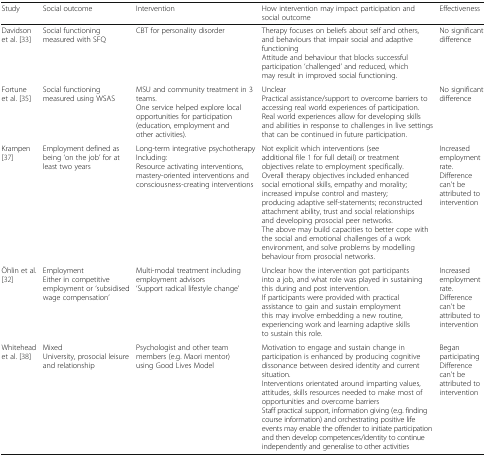
<table><thead><tr><td><b>Study</b></td><td><b>Social outcome</b></td><td><b>Intervention</b></td><td><b>How intervention may impact participation and social outcome</b></td><td><b>Effectiveness</b></td></tr></thead><tbody><tr><td>Davidson et al. [33]</td><td>Social functioning measured with SFQ</td><td>CBT for personality disorder</td><td>Therapy focuses on beliefs about self and others, and behaviours that impair social and adaptive functioningAttitude and behaviour that blocks successful participation ‘challenged’ and reduced, which may result in improved social functioning.</td><td>No significant difference</td></tr><tr><td>Fortune et al. [35]</td><td>Social functioning measured using WSAS</td><td>MSU and community treatment in 3 teams.One service helped explore local opportunities for participation (education, employment and other activities).</td><td>UnclearPractical assistance/support to overcome barriers to accessing real world experiences of participation.Real world experiences allow for developing skills and abilities in response to challenges in live settings that can be continued in future participation.</td><td>No significant difference</td></tr><tr><td>Krampen [37]</td><td>Employment defined as being ‘on the job’ for at least two years</td><td>Long-term integrative psychotherapyIncluding:Resource activating interventions, mastery-oriented interventions and consciousness-creating interventions</td><td>Not explicit which interventions (see additional file 1 for full detail) or treatment objectives relate to employment specifically.Overall therapy objectives included enhanced social emotional skills, empathy and morality; increased impulse control and mastery; producing adaptive self-statements; reconstructed attachment ability, trust and social relationships and developing prosocial peer networks.The above may build capacities to better cope with the social and emotional challenges of a work environment, and solve problems by modelling behaviour from prosocial networks.</td><td>Increased employment rate.Difference can’t be attributed to intervention</td></tr><tr><td>Öhlin et al. [32]</td><td>EmploymentEither in competitive employment or ‘subsidised wage compensation’</td><td>Multi-modal treatment including employment advisors‘Support radical lifestyle change’</td><td>Unclear how the intervention got participants into a job, and what role was played in sustaining this during and post intervention.If participants were provided with practical assistance to gain and sustain employment this may involve embedding a new routine, experiencing work and learning adaptive skills to sustain this role.</td><td>Increased employment rate.Difference can’t be attributed to intervention</td></tr><tr><td>Whitehead et al. [38]</td><td>MixedUniversity, prosocial leisure and relationship</td><td>Psychologist and other team members (e.g. Maori mentor) using Good Lives Model</td><td>Motivation to engage and sustain change in participation is enhanced by producing cognitive dissonance between desired identity and current situation.Interventions orientated around imparting values, attitudes, skills resources needed to make most of opportunities and overcome barriersStaff practical support, information giving (e.g. finding course information) and orchestrating positive life events may enable the offender to initiate participation and then develop competences/identity to continue independently and generalise to other activities</td><td>Began participatingDifference can’t be attributed to intervention</td></tr></tbody></table>